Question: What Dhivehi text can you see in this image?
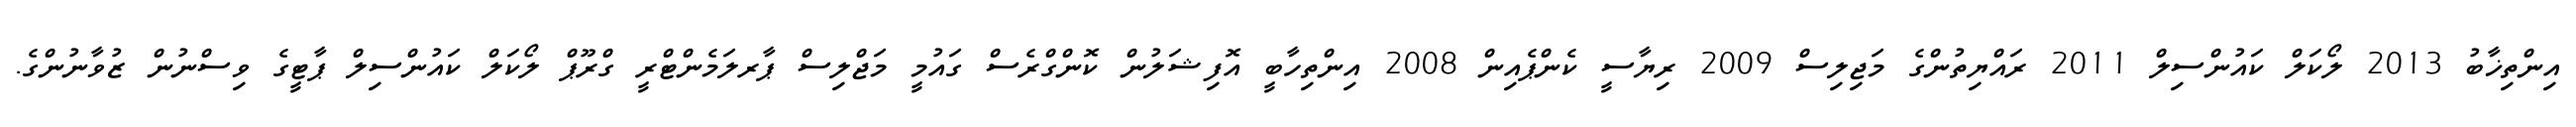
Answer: އިންތިޚާބު 2013 ލޯކަލް ކައުންސިލް 2011 ރައްޔިތުންގެ މަޖިލިސް 2009 ރިޔާސީ ކެންޕެއިން 2008 އިންތިހާބީ އޮފިޝަލުން ކޮންގްރެސް ގައުމީ މަޖްލިސް ޕާރލަމެންޓްރީ ގްރޫޕް ލޯކަލް ކައުންސިލް ޕާޓީގެ ވިސްނުން ޒުވާނުންގެ.